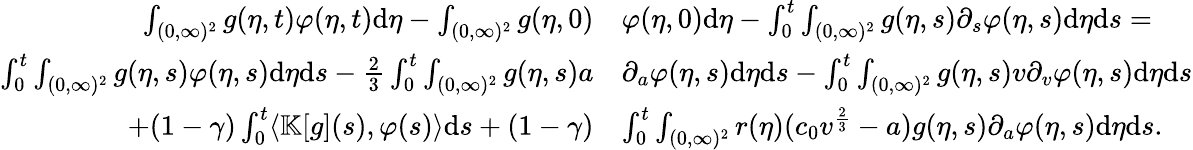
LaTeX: \begin{array}{rl}{\int_{(0,\infty)^{2}}g(\eta,t)\varphi(\eta,t)\textup{d}\eta-\int_{(0,\infty)^{2}}g(\eta,0)}&{\varphi(\eta,0)\textup{d}\eta-\int_{0}^{t}\int_{(0,\infty)^{2}}g(\eta,s)\partial_{s}\varphi(\eta,s)\textup{d}\eta\textup{d}s=}\\ {\int_{0}^{t}\int_{(0,\infty)^{2}}g(\eta,s)\varphi(\eta,s)\textup{d}\eta\textup{d}s-\frac{2}{3}\int_{0}^{t}\int_{(0,\infty)^{2}}g(\eta,s)a}&{\partial_{a}\varphi(\eta,s)\textup{d}\eta\textup{d}s-\int_{0}^{t}\int_{(0,\infty)^{2}}g(\eta,s)v\partial_{v}\varphi(\eta,s)\textup{d}\eta\textup{d}s}\\ {+(1-\gamma)\int_{0}^{t}\langle\mathbb{K}[g](s),\varphi(s)\rangle\textup{d}s+(1-\gamma)}&{\int_{0}^{t}\int_{(0,\infty)^{2}}r(\eta)(c_{0}v^{\frac{2}{3}}-a)g(\eta,s)\partial_{a}\varphi(\eta,s)\textup{d}\eta\textup{d}s.}\end{array}